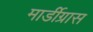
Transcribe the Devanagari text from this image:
मार्डीग्रास